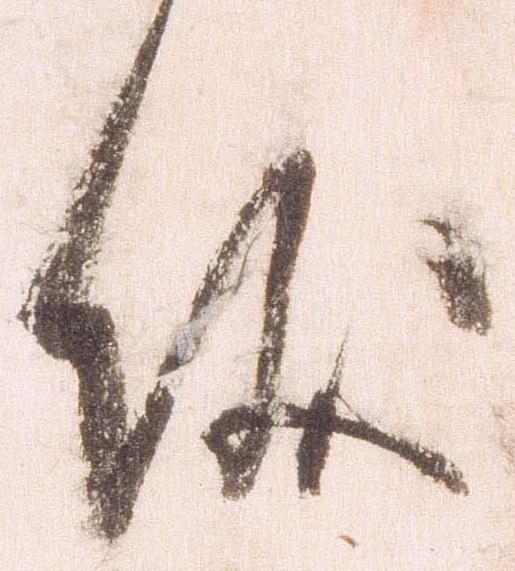
儀